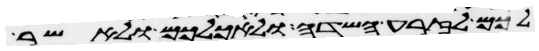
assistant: לכם לזרע השדה ולאכלכם ולאשר